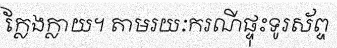
ក្លែងក្លាយ។ តាមរយៈករណីផ្ទុះទូរស័ព្ទ